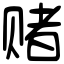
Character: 赌